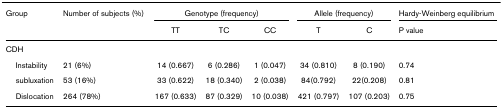
| Group | Number of subjects (%) | <COLSPAN=3> Genotype (frequency) | <COLSPAN=2> Allele (frequency) | Hardy-Weinberg equilibrium |
 |  |  | TT | TC | CC | T | C | P value |
 | --- | --- | --- | --- | --- | --- | --- | --- |
 | CDH |  |  |  |  |  |  |  |
 | Instability | 21 (6%) | 14 (0.667) | 6 (0.286) | 1 (0.047) | 34 (0.810) | 8 (0.190) | 0.74 |
 | subluxation | 53 (16%) | 33 (0.622) | 18 (0.340) | 2 (0.038) | 84(0.792) | 22(0.208) | 0.81 |
 | Dislocation | 264 (78%) | 167 (0.633) | 87 (0.329) | 10 (0.038) | 421 (0.797) | 107 (0.203) | 0.75 |